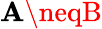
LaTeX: \mathbf{A}\neqB